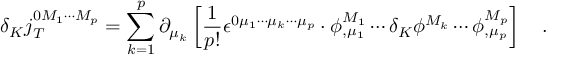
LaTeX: \delta _ { K } j _ { T } ^ { 0 M _ { 1 } \cdots M _ { p } } = \sum _ { k = 1 } ^ { p } \partial _ { \mu _ { k } } \left[ \frac 1 { p ! } \epsilon ^ { 0 \mu _ { 1 } \cdots \mu _ { k } \cdots \mu _ { p } } \cdot \phi _ { , \mu _ { 1 } } ^ { M _ { 1 } } \cdots \delta _ { K } \phi ^ { M _ { k } } \cdots \phi _ { , \mu _ { p } } ^ { M _ { p } } \right] \quad .